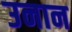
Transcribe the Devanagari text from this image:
उनान